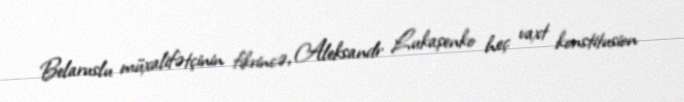
Belaruslu müxalifətçinin fikrincə, Aleksandr Lukaşenko heç vaxt konstitusion